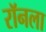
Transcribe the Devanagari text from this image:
रॉनला